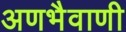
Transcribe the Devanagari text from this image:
अणभैवाणी